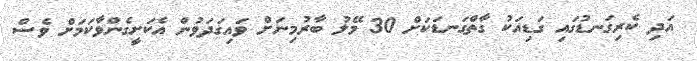
އަދި ކެރިގަނޑުގައި ގަޑިއަކު ގާތްގަނޑަކަށް 30 މޭލު ބާރުމިނަށް ވައިގަދަވުން އެކަށީގެންވާކަމަށް ވެސް